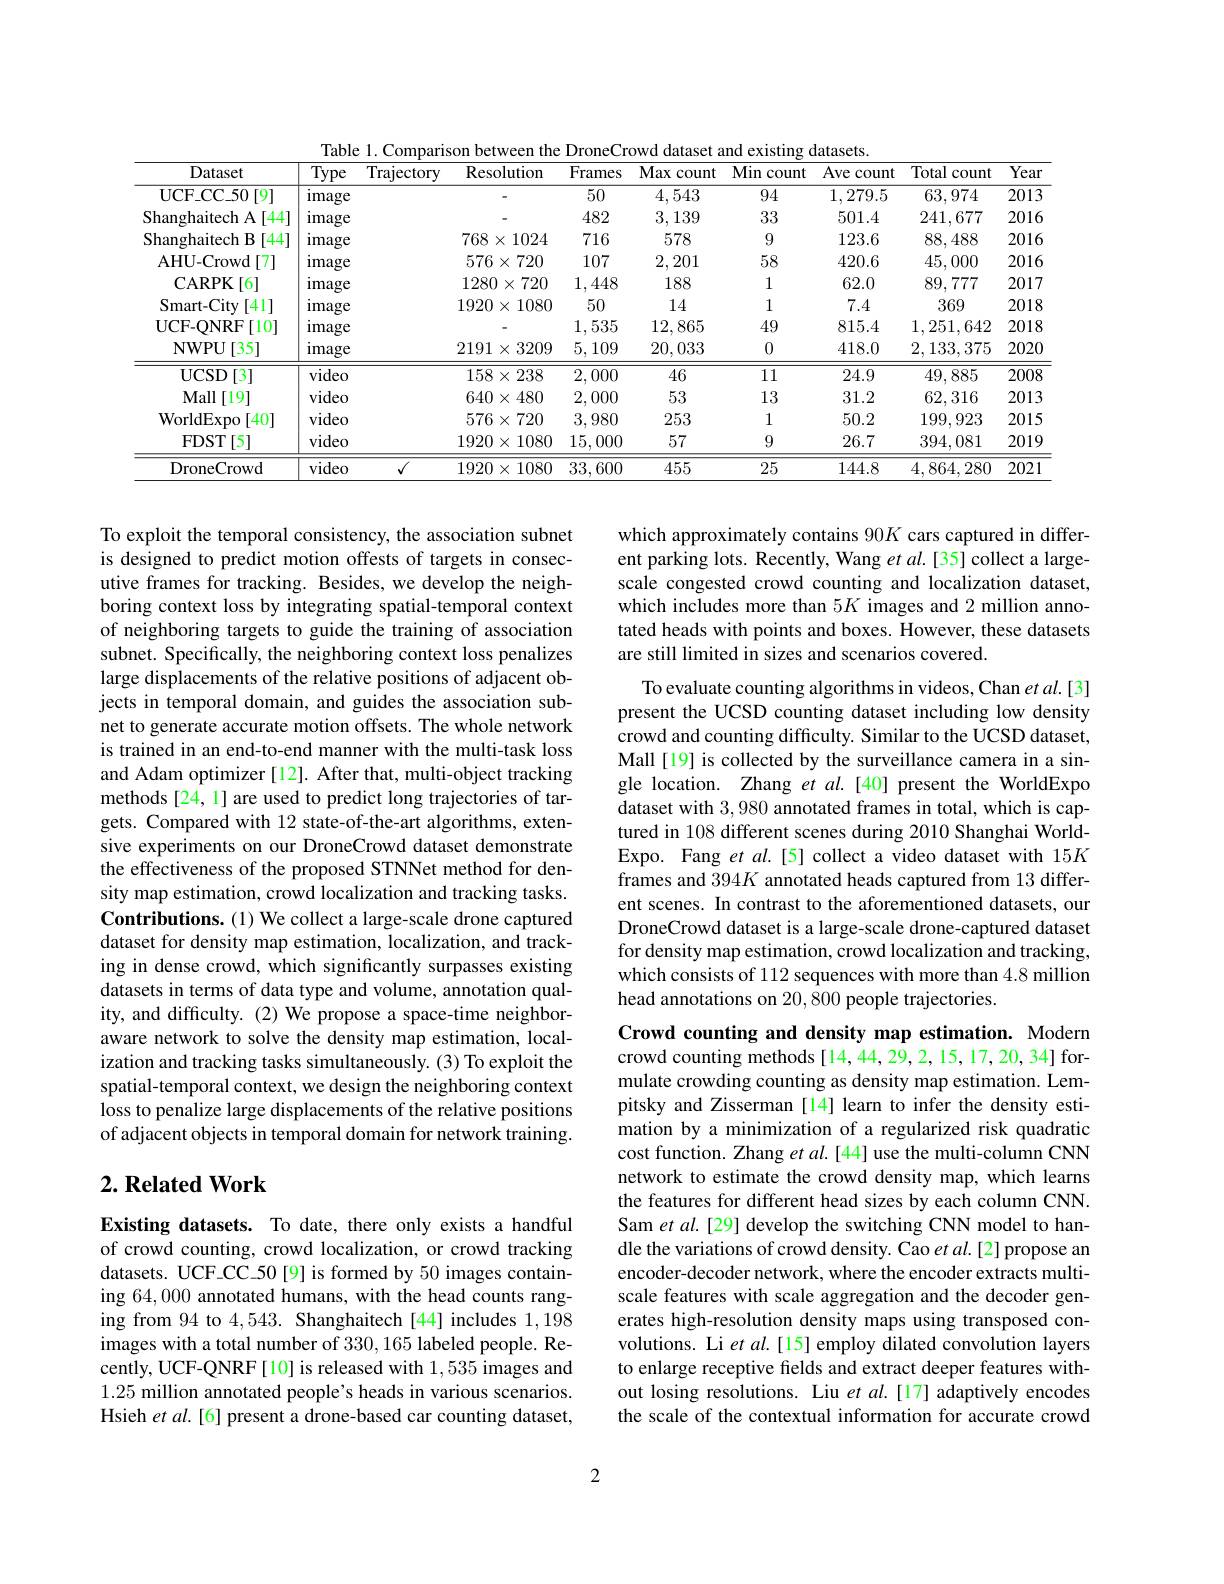
Table 1. Comparison between the DroneCrowd dataset and existing datasets
<table>
	<tbody>
		<tr>
			<th>Dataset</th>
			<th>$\overline{\mathrm{Type}}$</th>
			<th>Trajectory</th>
			<th>Resolution</th>
			<th>Frames</th>
			<th>Max count</th>
			<th>Min count </th>
			<th>Ave count</th>
			<th>Total count</th>
			<th>Year</th>
		</tr>
		<tr>
			<td>UCF$\_$CC$\_$50 [ 9] </td>
			<td>image</td>
			<td> </td>
			<td> </td>
			<td>50</td>
			<td>4,543</td>
			<td>94</td>
			<td>1,279.5</td>
			<td>63,974</td>
			<td>2013</td>
		</tr>
		<tr>
			<td>Shanghaitech A[44]</td>
			<td>image</td>
			<td> </td>
			<td> </td>
			<td>482</td>
			<td>3,139</td>
			<td>33</td>
			<td>501.4</td>
			<td>241,677</td>
			<td>2016</td>
		</tr>
		<tr>
			<td>Shanghaitech B $[44^{-}]$</td>
			<td>image</td>
			<td> </td>
			<td>$768\times$ 1024</td>
			<td>716</td>
			<td>578</td>
			<td>9</td>
			<td>123.6</td>
			<td>88,488</td>
			<td>2016</td>
		</tr>
		<tr>
			<td>AHU- Crowd[7]</td>
			<td>image</td>
			<td> </td>
			<td>$576\times720$</td>
			<td>107</td>
			<td>2,201</td>
			<td>58</td>
			<td>420.6</td>
			<td>45,000</td>
			<td>2016</td>
		</tr>
		<tr>
			<td>CARPK [6] </td>
			<td>image</td>
			<td> </td>
			<td>1280 $)\times720$ 1</td>
			<td>1,448</td>
			<td>188</td>
			<td>1</td>
			<td>62.0</td>
			<td>89,777</td>
			<td>2017</td>
		</tr>
		<tr>
			<td>Smart-City $y[41]$</td>
			<td>image</td>
			<td> </td>
			<td>1080 1920 $X$</td>
			<td>50</td>
			<td>14</td>
			<td>1</td>
			<td>7.4</td>
			<td>369</td>
			<td>2018</td>
		</tr>
		<tr>
			<td>$\mathbf{UCF-ONRF}$ [10]</td>
			<td>image</td>
			<td> </td>
			<td> </td>
			<td>1,535</td>
			<td>12,865</td>
			<td>49</td>
			<td>815.4</td>
			<td>1,251,642</td>
			<td>2018</td>
		</tr>
		<tr>
			<td>$\mathbf{NWPU}$ [35]</td>
			<td>image</td>
			<td> </td>
			<td>2191 $\times3209$ </td>
			<td>5,109</td>
			<td>20,033</td>
			<td>0</td>
			<td>418.0</td>
			<td>2,133,375</td>
			<td>2020</td>
		</tr>
		<tr>
			<td>$\mathbf{UCSD}$ [3] 1 </td>
			<td>video</td>
			<td> </td>
			<td>$158\times$ 238 $\frac{1}{2}=\frac{1}{2}=\frac{1}{2}$</td>
			<td>2,000</td>
			<td>46</td>
			<td>11</td>
			<td>24.9</td>
			<td>49,885</td>
			<td>2008</td>
		</tr>
		<tr>
			<td>Mall [19]</td>
			<td>video</td>
			<td> </td>
			<td>$640\times480$</td>
			<td>2,000</td>
			<td>53</td>
			<td>13</td>
			<td>31.2</td>
			<td>62,316</td>
			<td>2013</td>
		</tr>
		<tr>
			<td>WorldExpo [40] </td>
			<td>video</td>
			<td> </td>
			<td>$576\times$ 720 1</td>
			<td>3,980</td>
			<td>253</td>
			<td>1</td>
			<td>50.2</td>
			<td>199,923</td>
			<td>2015</td>
		</tr>
		<tr>
			<td>$\operatorname{FDST}[5]$</td>
			<td>video</td>
			<td> </td>
			<td>1080 1920 $X$</td>
			<td>15,000</td>
			<td>57</td>
			<td>9</td>
			<td>26.7</td>
			<td>394,081</td>
			<td>2019</td>
		</tr>
		<tr>
			<td>DroneCrowd</td>
			<td>video</td>
			<td>$√$</td>
			<td>1920 1080 $X$ </td>
			<td>33,600</td>
			<td>455</td>
			<td>25</td>
			<td>144.8</td>
			<td>4,864,280</td>
			<td>2021</td>
		</tr>
	</tbody>
</table>

which approximately contains 90K cars captured in different parking lots. Recently, Wang et $al.[35]$ collect a largescale congested crowd counting and localization dataset, which includes more than $5K$ images and 2 million annotated heads with points and boxes. However, these datasets are still limited in sizes and scenarios covered.

To exploit the temporal consistency, the association subnet is designed to predict motion offests of targets in consecutive frames for tracking. Besides, we develop the neighboring context loss by integrating spatial-temporal context of neighboring targets to guide the training of association subnet. Specifically, the neighboring context loss penalizes large displacements of the relative positions of adjacent objects in temporal domain, and guides the association subnet to generate accurate motion offsets. The whole network is trained in an end-to-end manner with the multi-task loss and Adam optimizer [12]. After that, multi-object tracking methods [24, 1] are used to predict long trajectories of targets. Compared with 12 state-of-the-art algorithms, extensive experiments on our DroneCrowd dataset demonstrate the effectiveness of the proposed STNNet method for density map estimation, crowd localization and tracking tasks. Contributions.(1) We collect a large-scale drone captured dataset for density map estimation, localization, and tracking in dense crowd, which significantly surpasses existing datasets in terms of data type and volume, annotation quality, and difficulty. (2) We propose a space-time neighboraware network to solve the density map estimation, localization and tracking tasks simultaneously. (3) To exploit the spatial-temporal context, we design the neighboring context loss to penalize large displacements of the relative positions of adjacent objects in temporal domain for network training.

To evaluate counting algorithms in videos, Chan et al.[3] present the UCSD counting dataset including low density crowd and counting difficulty. Similar to the UCSD dataset, Mall [19] is collected by the surveillance camera in a single location. Zhang et al.[40] present the WorldExpo dataset with 3,980 annotated frames in total, which is captured in 108 different scenes during 2010 Shanghai WorldExpo. Fang et $al.[5]$ collect a video dataset with $15K$ frames and 394K annotated heads captured from 13 different scenes. In contrast to the aforementioned datasets, our DroneCrowd dataset is a large-scale drone-captured dataset for density map estimation, crowd localization and tracking, which consists of 112 sequences with more than 4.8 million head annotations on 20,800 people trajectories.

## $2. \textbf{Related Work}$

Crowd counting and density map estimation. Modern crowd counting methods[14,44,29,2,15,17,20,34] formulate crowding counting as density map estimation. Lempitsky and Zisserman [14] learn to infer the density estimation by a minimization of a regularized risk quadratic cost function. Zhang et al. [44] use the multi-column CNN network to estimate the crowd density map, which learns the features for different head sizes by each column CNN. Sam et al.[29] develop the switching CNN model to handle the variations of crowd density. Cao et al.[2] propose an encoder-decoder network, where the encoder extracts multiscale features with scale aggregation and the decoder generates high-resolution density maps using transposed convolutions. Li $etal.[15]$ employ dilated convolution layers to enlarge receptive felds and extract deeper features without losing resolutions. Liu $etal.$[17] adaptively encodes the scale of the contextual information for accurate crowd

Existing datasets. To date, there only exists a handful of crowd counting, crowd localization, or crowd tracking datasets. UCF-CC-50[9] is formed by 50 images containing 64,000 annotated humans, with the head counts ranging from 94 to 4,543. Shanghaitech[44] includes 1,198 images with a total number of 330,165 labeled people. Recently, UCF-QNRF[10] is released with 1,535 images and 1.25 million annotated people's heads in various scenarios. Hsieh $etal.[6]$ present a drone-based car counting dataset,

2